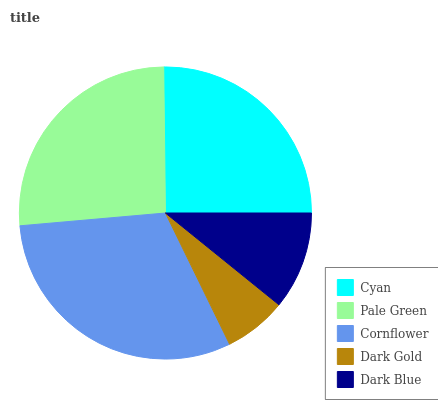
| Cyan | Pale Green | Cornflower | Dark Gold | Dark Blue |
 | --- | --- | --- | --- | --- |
 | 25.1% | 26.2% | 30.9% | 6.94% | 10.8% |